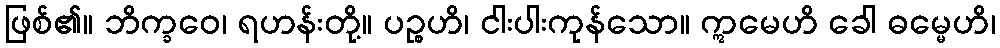
ဖြစ်၏။ ဘိက္ခဝေ၊ ရဟန်းတို့။ ပဉ္စဟိ၊ ငါးပါးကုန်သော။ ဣမေဟိ ခေါ ဓမ္မေဟိ၊